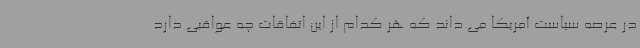
در عرصه سیاست آمریکا می داند که هر کدام از این اتفاقات چه عواقبی دارد